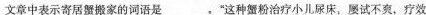
文章中表示寄居蟹搬家的词语是___。”这种蟹粉治疗小儿尿床，屡试不爽，疗效